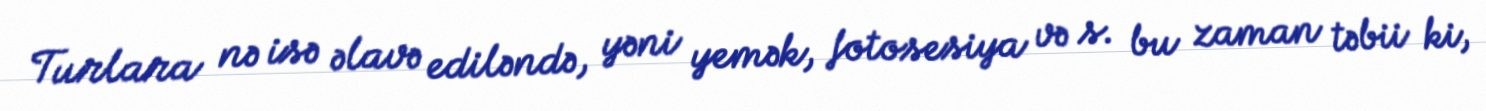
Turlara nə isə əlavə ediləndə, yəni yemək, fotosesiya və s. bu zaman təbii ki,